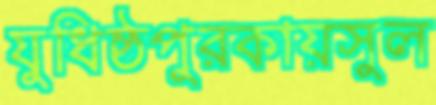
যুধিষ্ঠপুরকায়সুল